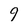
Character: 9